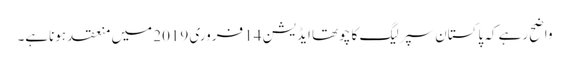
واضح رہے کہ پاکستان سپرلیگ کا چوتھا ایڈیشن 14 فروری 2019 میں منعقد ہوناہے۔